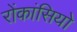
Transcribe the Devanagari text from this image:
रोंकांसियो